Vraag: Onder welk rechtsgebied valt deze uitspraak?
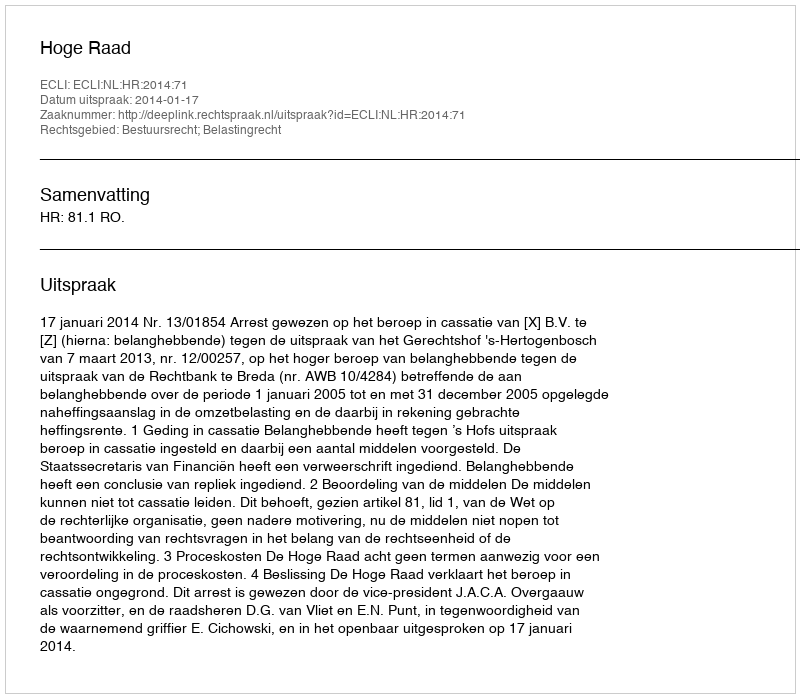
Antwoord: Bestuursrecht; Belastingrecht